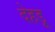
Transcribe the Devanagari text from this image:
देहड़ू